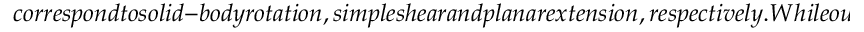
c o r r e s p o n d t o s o l i d - b o d y r o t a t i o n , s i m p l e s h e a r a n d p l a n a r e x t e n s i o n , r e s p e c t i v e l y . W h i l e o u r p r i m a r y f o c u s i s o n p l a n a r e x t e n s i o n \, (